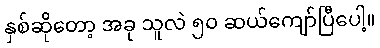
နှစ်ဆိုတော့ အခု သူလဲ ၅၀ ဆယ်ကျော်ပြီပေါ့။